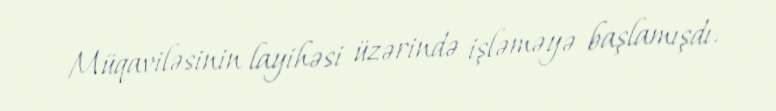
Müqaviləsinin layihəsi üzərində işləməyə başlamışdı.